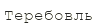
Теребовль